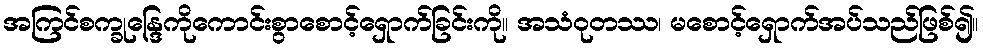
အကြင်စက္ခုန္ဒြေကိုကောင်းစွာစောင့်ရှောက်ခြင်းကို။ အသံဝုတဿ၊ မစောင့်ရှောက်အပ်သည်ဖြစ်၍။